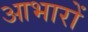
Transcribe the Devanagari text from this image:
आभारों